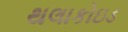
થલાકોઇડ